65_HS1-834228961_62-HQ-83894_Section_10
Agency: FBI
Page 75
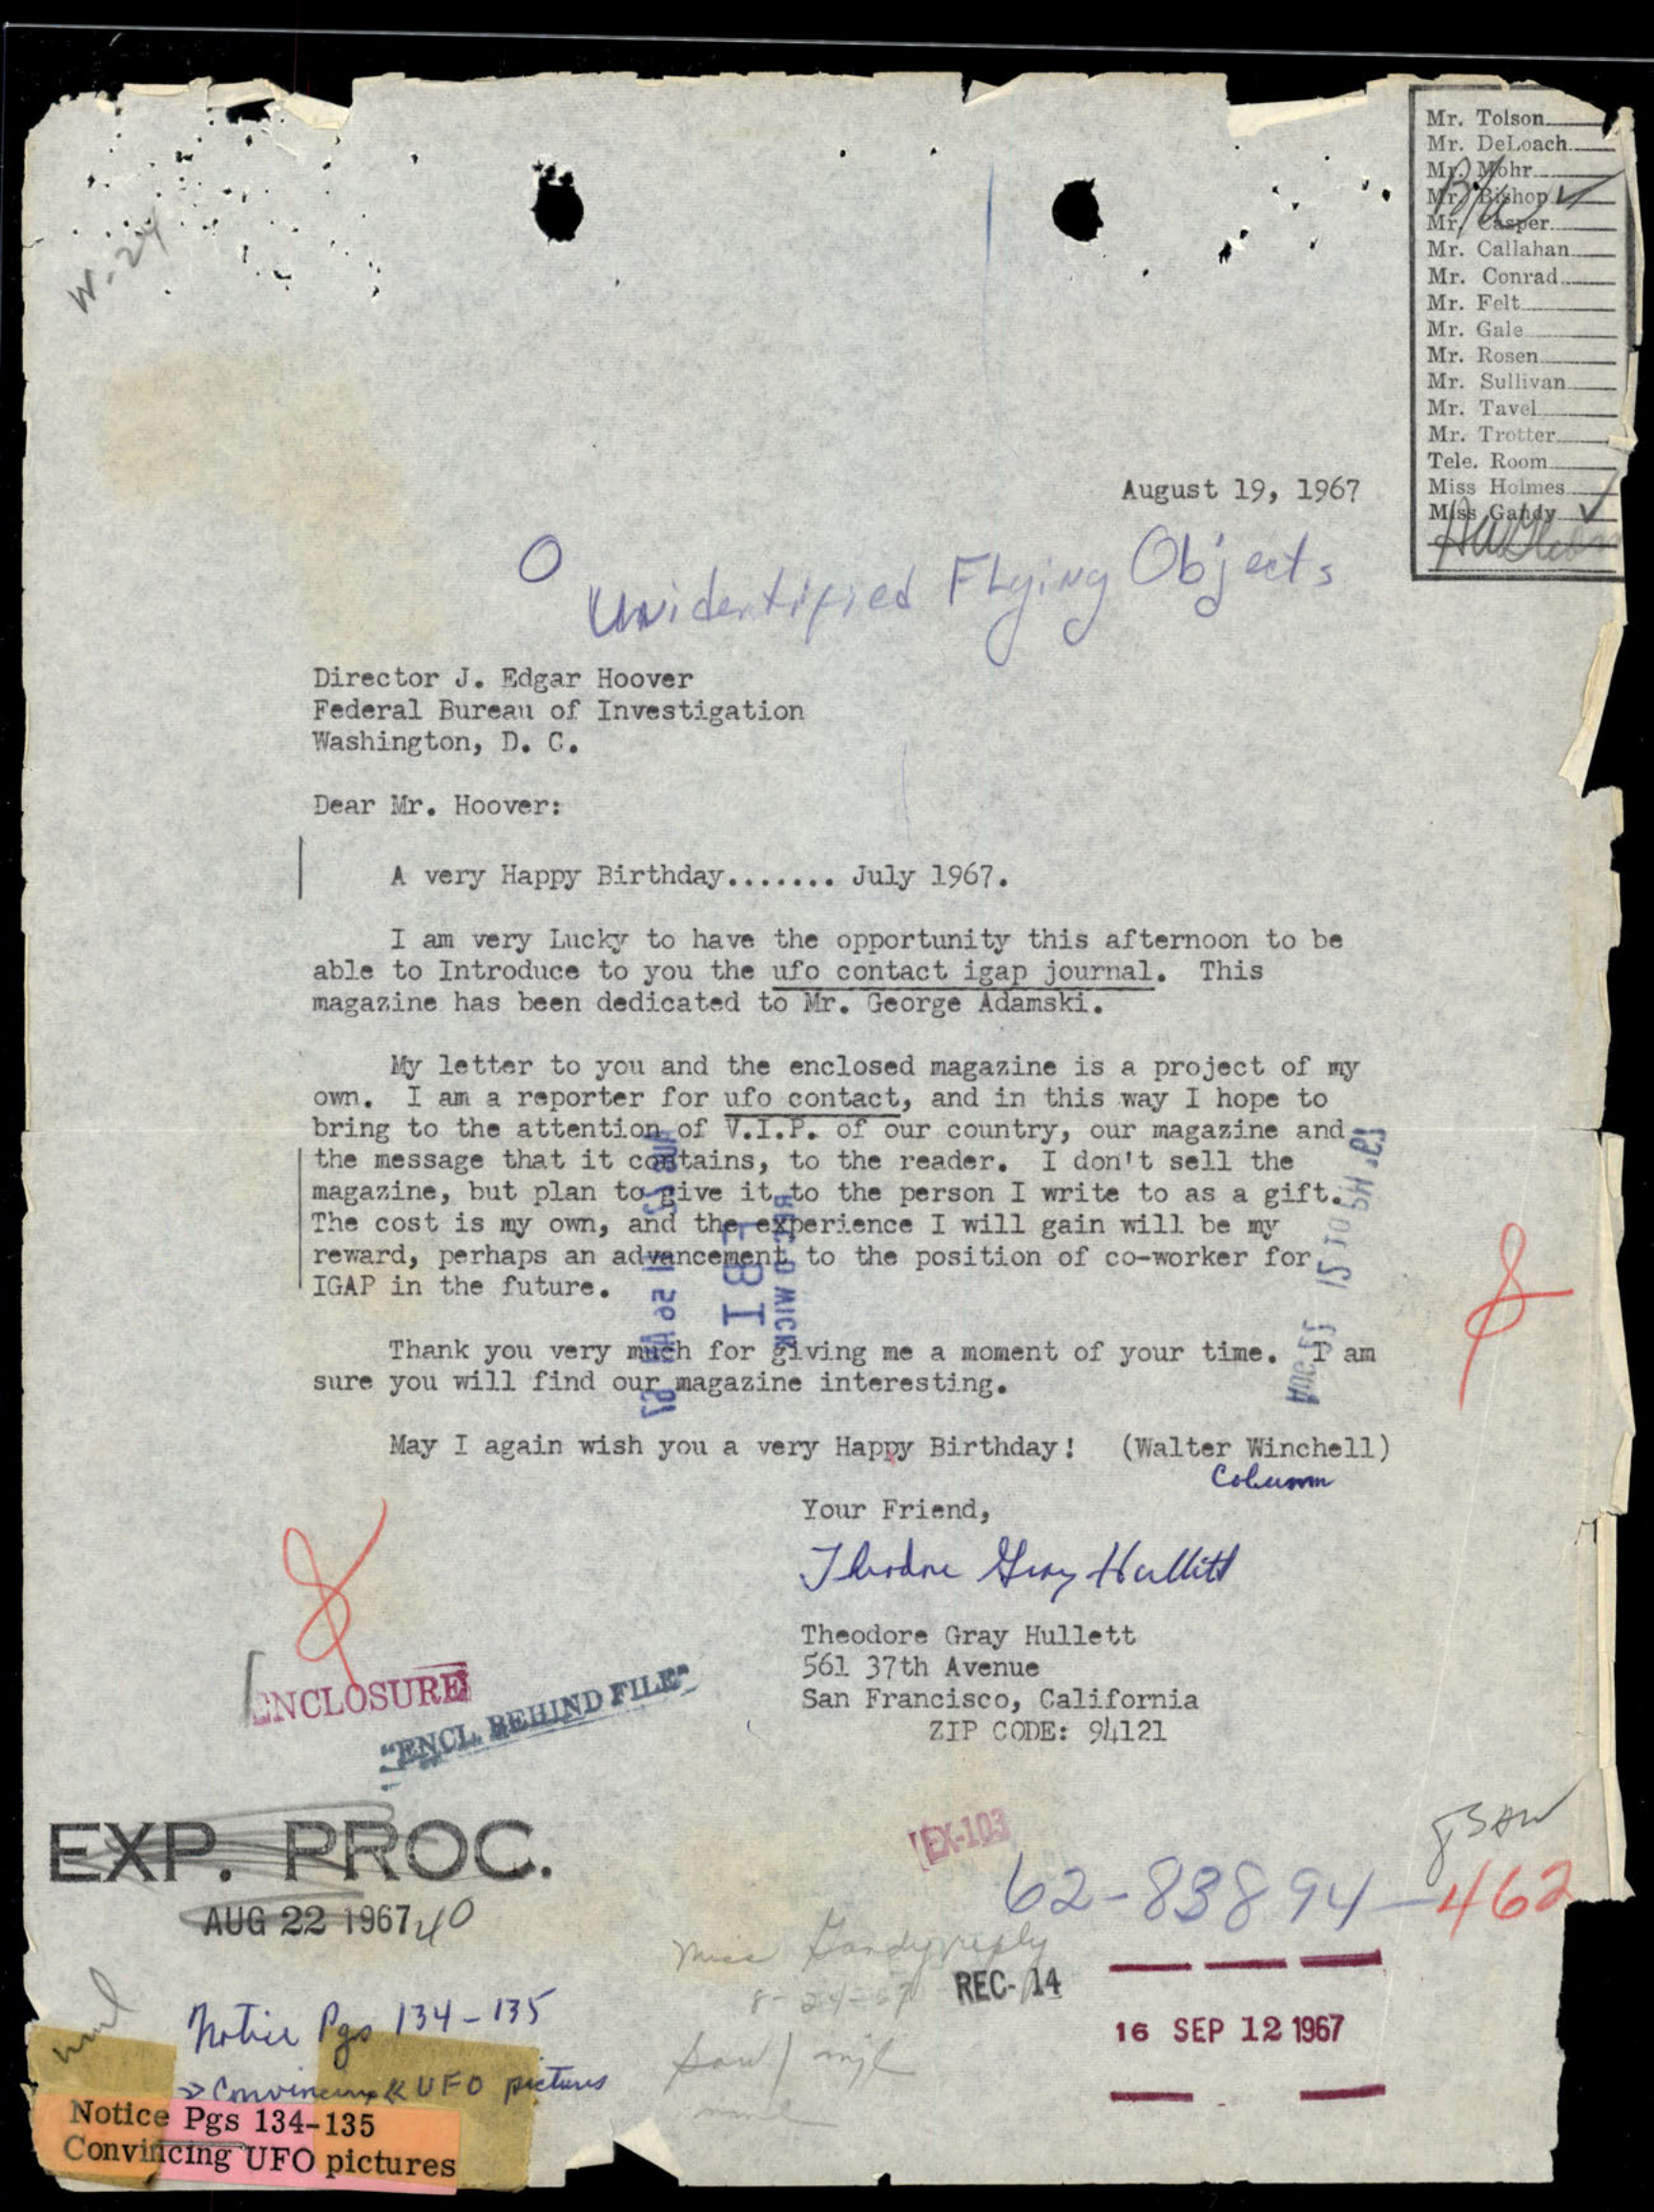